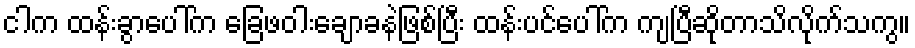
ငါက ထန်းခွာပေါ်က ခြေဖဝါးချောခနဲဖြစ်ပြီး ထန်းပင်ပေါ်က ကျပြီဆိုတာသိလိုက်သကွ။